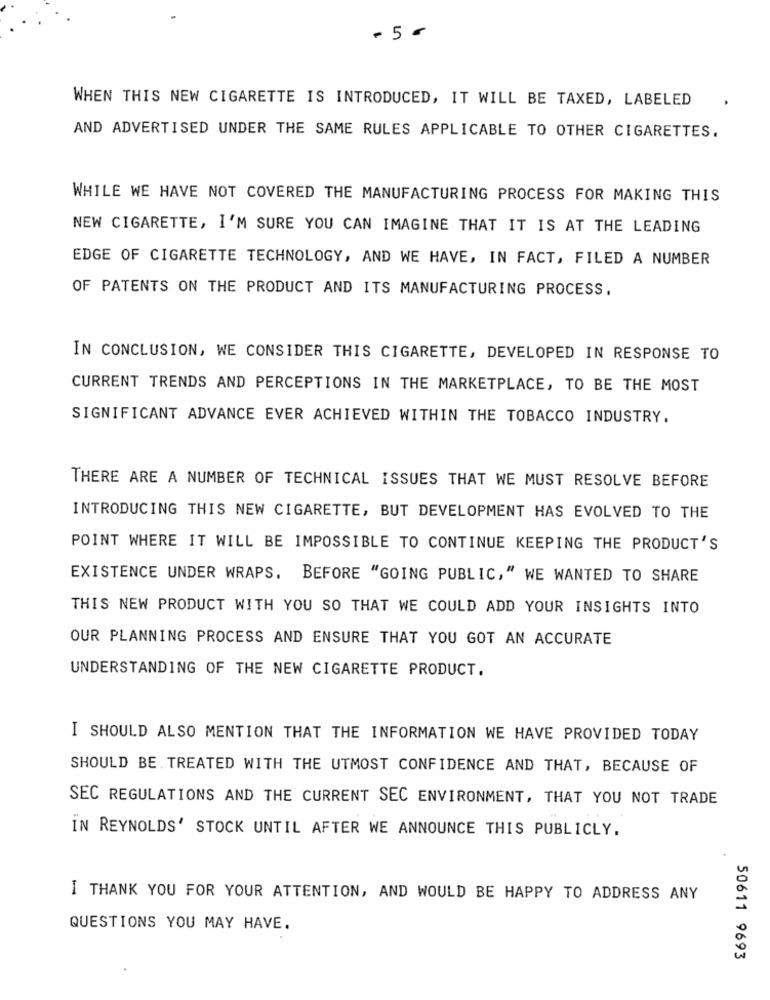
- 5 -
WHEN THIS NEW CIGARETTE IS INTRODUCED, IT WILL BE TAXED, LABELED
AND ADVERTISED UNDER THE SAME RULES APPLICABLE TO OTHER CIGARETTES.
WHILE WE HAVE NOT COVERED THE MANUFACTURING PROCESS FOR MAKING THIS
NEW CIGARETTE, I'M SURE YOU CAN IMAGINE THAT IT IS AT THE LEADING
EDGE OF CIGARETTE TECHNOLOGY, AND WE HAVE, IN FACT, FILED A NUMBER
OF PATENTS ON THE PRODUCT AND ITS MANUFACTURING PROCESS,
IN CONCLUSION, WE CONSIDER THIS CIGARETTE, DEVELOPED IN RESPONSE TO
CURRENT TRENDS AND PERCEPTIONS IN THE MARKETPLACE, TO BE THE MOST
SIGNIFICANT ADVANCE EVER ACHIEVED WITHIN THE TOBACCO INDUSTRY.
THERE ARE A NUMBER OF TECHNICAL ISSUES THAT WE MUST RESOLVE BEFORE
INTRODUCING THIS NEW CIGARETTE, BUT DEVELOPMENT HAS EVOLVED TO THE
POINT WHERE IT WILL BE IMPOSSIBLE TO CONTINUE KEEPING THE PRODUCT'S
EXISTENCE UNDER WRAPS. BEFORE "GOING PUBLIC, " WE WANTED TO SHARE
THIS NEW PRODUCT WITH YOU SO THAT WE COULD ADD YOUR INSIGHTS INTO
OUR PLANNING PROCESS AND ENSURE THAT YOU GOT AN ACCURATE
UNDERSTANDING OF THE NEW CIGARETTE PRODUCT.
I SHOULD ALSO MENTION THAT THE INFORMATION WE HAVE PROVIDED TODAY
SHOULD BE TREATED WITH THE UTMOST CONFIDENCE AND THAT, BECAUSE OF
SEC REGULATIONS AND THE CURRENT SEC ENVIRONMENT, THAT YOU NOT TRADE
IN REYNOLDS' STOCK UNTIL AFTER WE ANNOUNCE THIS PUBLICLY.
I THANK YOU FOR YOUR ATTENTION, AND WOULD BE HAPPY TO ADDRESS ANY
QUESTIONS YOU MAY HAVE.
50611 9693